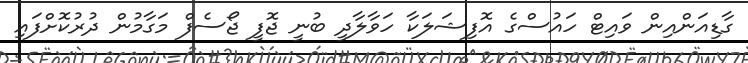
ގާޑިއަންއިން ވައިޓް ހައުސްގެ އޮފިޝަލަކާ ހަވާލާދީ ބުނީ ޖޮފީ ޖޯސެފް މަގާމުން ދުރުކޮށްފައި